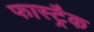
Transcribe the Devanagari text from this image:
फास्ट्रैक